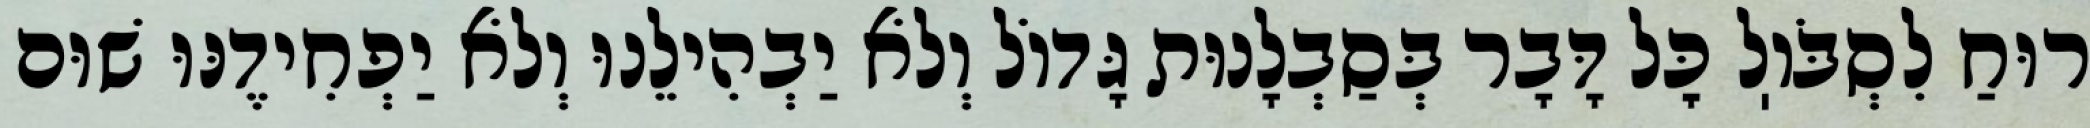
רוּחַ לִסְבֹּוֽל כׇּל דָּבָר בְּסַבְלָנוּת גָּדוֹל וְלֹא יַבְהִילֵנוּ וְלֹא יַפְחִידֶנּוּ שׁוּם